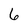
Character: 6